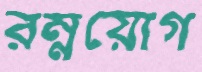
রম্নয়োগ